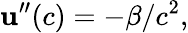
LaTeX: \mathbf{u}^{\prime\prime}(c)=-\beta/c^{2},